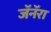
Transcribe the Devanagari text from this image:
जॅनॅरा